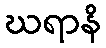
ဃရာနိ